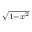
\scriptstyle { \sqrt { 1 - x ^ { 2 } } }